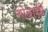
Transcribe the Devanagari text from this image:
गोत्रांची